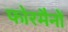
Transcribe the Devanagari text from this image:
फोरमैनाें